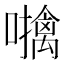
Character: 𫬜